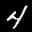
Label: 4